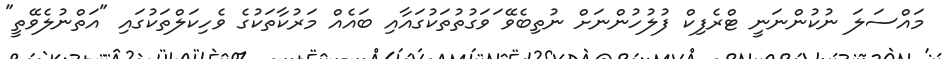
މައްސަލަ ނުކުންނަނީ ޓްރެފިކް ފުލުހުންނަށް ނުތިބެވޭ ަވަގުތުތަކުގައާއި ބައެއް މަރުކާތަކުގެ ވެހިކަލްތަކުގައި "އަތްނުލެވޭތީ"